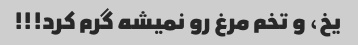
یخ، و تخم مرغ رو نمیشه گرم کرد!!!